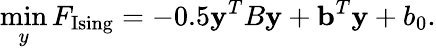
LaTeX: \operatorname*{min}_{y}F_{\mathrm{Ising}}=-0.5{\mathbf y}^{T}B{\mathbf y}+{\mathbf b}^{T}{\mathbf y}+b_{0}.